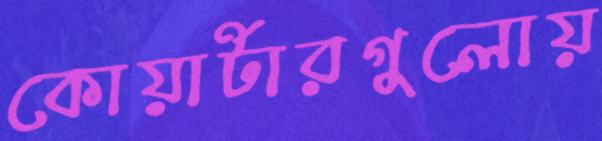
কোয়ার্টারগুলোয়